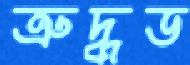
ত্রুদ্ধড